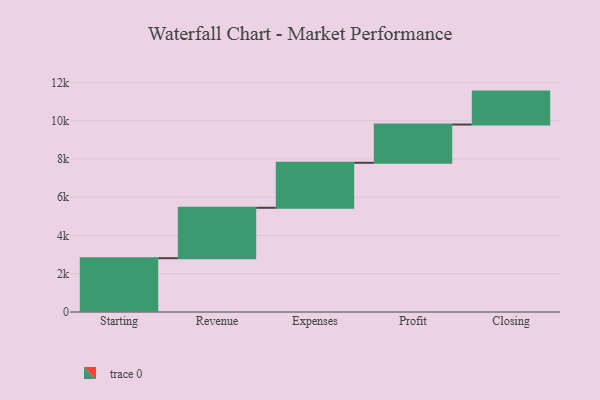
{"axis": {"x": "Step", "y": "Value"}, "legend": [""], "data": [{"x": "Starting", "y": 2812.0, "type": ""}, {"x": "Revenue", "y": 2637.0, "type": ""}, {"x": "Expenses", "y": 2352.0, "type": ""}, {"x": "Profit", "y": 1999.0, "type": ""}, {"x": "Closing", "y": 1722.0, "type": ""}]}